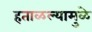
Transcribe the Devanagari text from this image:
हताळल्यामुळे